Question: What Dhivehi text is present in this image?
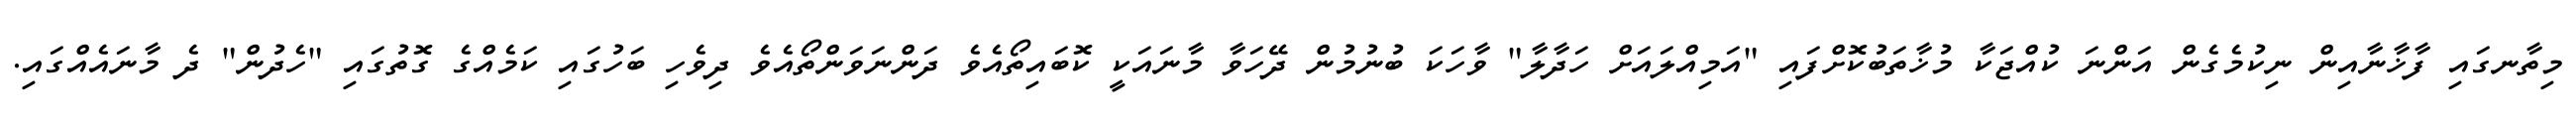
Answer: މިތާނގައި ފާޚާނާއިން ނިކުމެގެން އަންނަ ކުއްޖަކާ މުޚާތަބުކޮށްފައި "އަމިއްލައަށް ހަދާލާ" ވާހަކަ ބުނުމުން ދޭހަވާ މާނައަކީ ކޮބައިތޯއެވެ ދަންނަވަންތޯއެވެ ދިވެހި ބަހުގައި ކަމެއްގެ ގޮތުގައި "ހެދުން" ދެ މާނައެއްގައި.